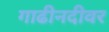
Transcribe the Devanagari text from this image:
गाढीनदीवर